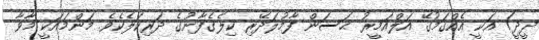
ދީދީ) އަކީ އެއްގަމުގޭ އަލްއަމީރު ޙަސަން ފާމުލަދޭރި ކިލެގެފާނުގެ ދަރިކަލެކެވެ. މަންމައަކީ މާވާ